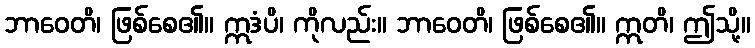
ဘာဝေတိ၊ ဖြစ်စေ၏။ ဣဒံပိ၊ ကိုလည်း။ ဘာဝေတိ၊ ဖြစ်စေ၏။ ဣတိ၊ ဤသို့။